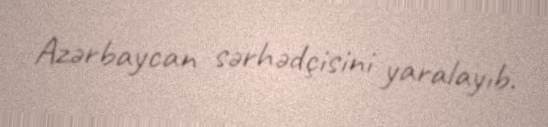
Azərbaycan sərhədçisini yaralayıb.